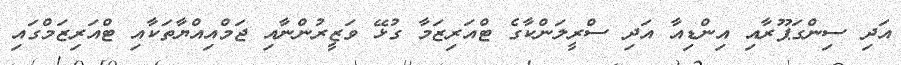
އަދި ސިންގަޕޫރާއި އިންޑިއާ އަދި ސްރީލަންކާގެ ޓްއަރިޒަމާ ގުޅޭ ވަޒީރުންނާއި ޖަމްއިއްޔާތަކާއި ޓްއަރިޒަމްގައި